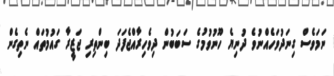
ނަމަވެސް ގިނަދުވަހެއްނުވެ ދުނިޔެ ހޫނުވުމުގެ ސަބަބުން ދިވެހިރާއްޖެފަދަ ބިންތިރި ޖަޒީރާ ގައުމުތައް ނެތިގެން